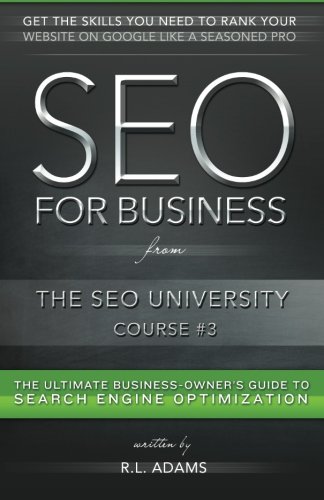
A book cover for SEO for Business: The Ultimate Business-Owner's Guide to Search Engine Optimization (SEO University) (Volume 3); R.L. Adams; Computers & Technology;